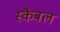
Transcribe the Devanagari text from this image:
स्कैबल